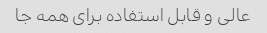
عالی و قابل استفاده برای همه جا